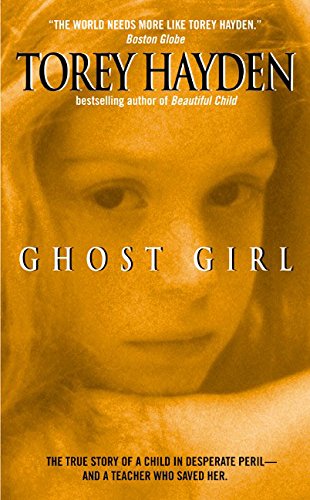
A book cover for Ghost Girl: The True Story of a Child in Peril and the Teacher Who Saved Her; Torey Hayden; Biographies & Memoirs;